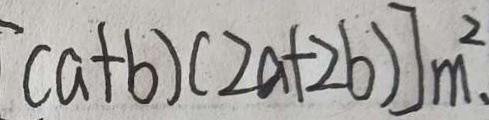
( a + b ) ( 2 a + 2 b ) ] m ^ { 2 } \cdot